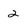
Character: 2